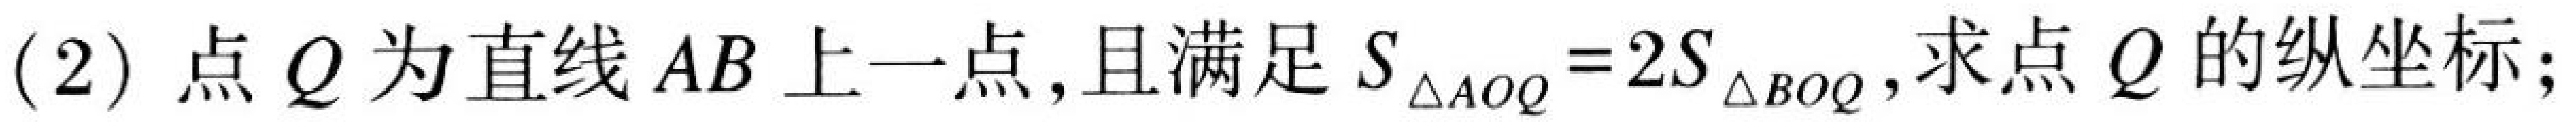
(2) 点\(Q\)为直线\(AB\)上一点,且满足\(S_{\triangle AOQ}=2S_{\triangle BOQ}\),求点\(Q\)的纵坐标;